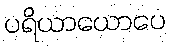
ပရိယာယောပေ